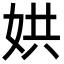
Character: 娂